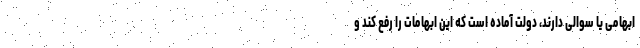
ابهامی یا سوالی دارند، دولت آماده است که این ابهامات را رفع کند و